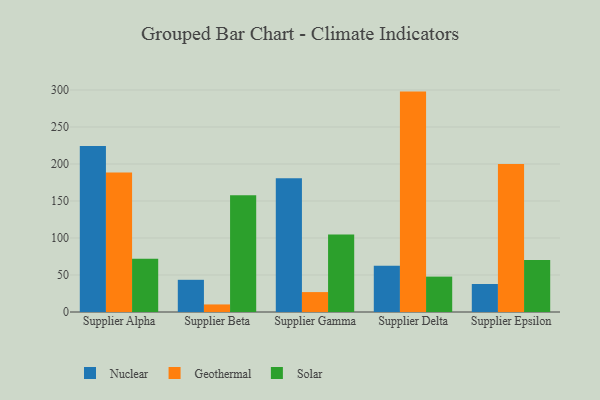
{"axis": {"x": "Supplier", "y": "Latency (ms)"}, "legend": ["Geothermal", "Nuclear", "Solar"], "data": [{"x": "Supplier Alpha", "y": 224.4, "type": "Nuclear"}, {"x": "Supplier Alpha", "y": 188.4, "type": "Geothermal"}, {"x": "Supplier Alpha", "y": 72.0, "type": "Solar"}, {"x": "Supplier Beta", "y": 43.5, "type": "Nuclear"}, {"x": "Supplier Beta", "y": 10.2, "type": "Geothermal"}, {"x": "Supplier Beta", "y": 157.6, "type": "Solar"}, {"x": "Supplier Gamma", "y": 180.6, "type": "Nuclear"}, {"x": "Supplier Gamma", "y": 26.9, "type": "Geothermal"}, {"x": "Supplier Gamma", "y": 104.7, "type": "Solar"}, {"x": "Supplier Delta", "y": 62.6, "type": "Nuclear"}, {"x": "Supplier Delta", "y": 297.8, "type": "Geothermal"}, {"x": "Supplier Delta", "y": 47.8, "type": "Solar"}, {"x": "Supplier Epsilon", "y": 37.8, "type": "Nuclear"}, {"x": "Supplier Epsilon", "y": 200.1, "type": "Geothermal"}, {"x": "Supplier Epsilon", "y": 70.2, "type": "Solar"}]}